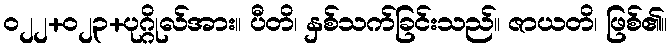
ဝ၂၂+၀၂၃+ပုဂ္ဂိုလ်အား။ ပီတိ၊ နှစ်သက်ခြင်းသည်။ ဇာယတိ၊ ဖြစ်၏။